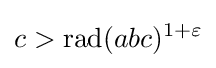
c>\operatorname {rad} (abc)^{1+\varepsilon }